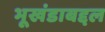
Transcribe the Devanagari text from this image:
भूखंडाबद्दल